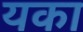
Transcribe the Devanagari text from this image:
यका